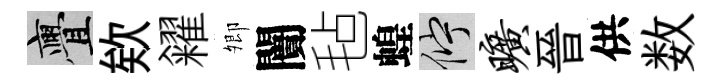
亹欸糴𡖖闠毡蝗伫旷晉供数